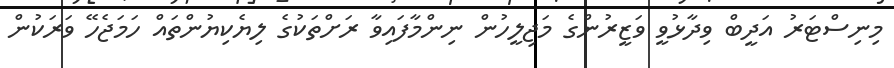
މިނިސްޓަރު އަދީބް ވިދާޅުވީ ވަޒީރުންގެ މަޖިލީހުން ނިންމާފައިވާ ރަށްތަކުގެ ލިޔެކިޔުންތައް ހަމަޖެހޭ ވަރަކުން